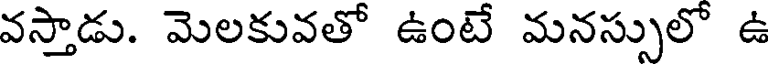
వస్తాడు. మెలకువతో ఉంటే మనస్సులో ఉ